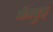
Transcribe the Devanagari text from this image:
मेघदुत्